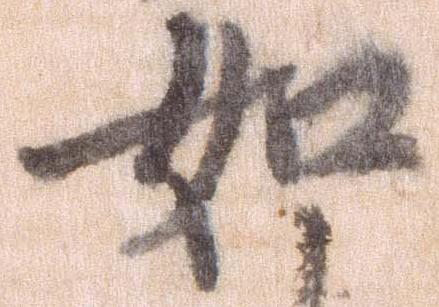
如